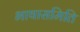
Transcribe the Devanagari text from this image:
भाषासमिति